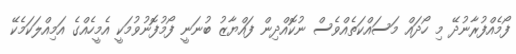
ފޯމެއްފުރާނުދޭ މި ހޯދައް މަސައްކަތެއްވެސް ނުކޮއްދިން ފައްޔާޒު ބުނަނީ ފޯމުފޮނުވުމަކީ އެމީހެއްގެ އަމިއްލަކަމެކޭ